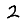
Digit: 2